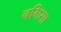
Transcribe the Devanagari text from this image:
नगिसा